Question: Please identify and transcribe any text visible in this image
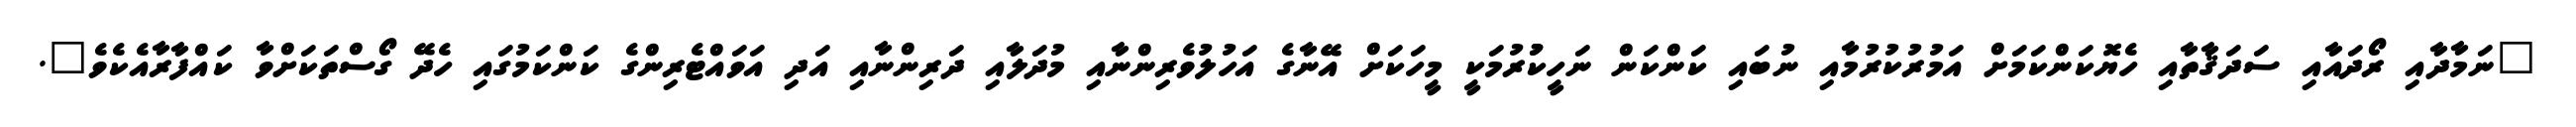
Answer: "ނަމާދާއި ރޯދައާއި ސަދަޤާތާއި ހެޔޮކަންކަމަށް އަމުރުކުރުމާއި ނުބައި ކަންކަން ނަހީކުުރުމަކީ މީހަކަށް އޭނާގެ އަހުލުވެރިންނާއި މުދަލާއި ދަރިންނާއި އަދި އަވައްޓެރިންގެ ކަންކަމުގައި ހެދޭ ގޯސްތަކަށްވާ ކައްފާރާއެކެވެ".